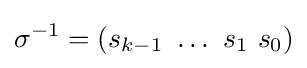
\sigma ^{-1}=(s_{k-1}~\dots ~s_{1}~s_{0})